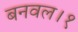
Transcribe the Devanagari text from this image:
बनवल।१